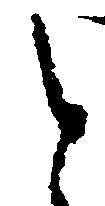
と